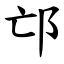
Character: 邙